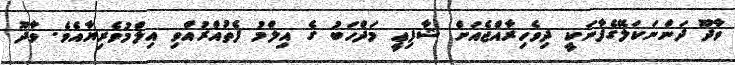
ވާދޫ ދަންނަކަލޭގެފާނަކީ ދިވެހިރާއްޖެއަށް ޝާފިޢީ މަޛްހަބު ގެ އިލްމު ފެތުއްރުއްވި އިލްމުވެރިޔާއެވެ. ވާދޫ